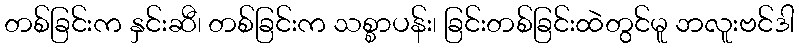
တစ်ခြင်းက နှင်းဆီ၊ တစ်ခြင်းက သစ္စာပန်း၊ ခြင်းတစ်ခြင်းထဲတွင်မူ ဘလူးဗင်ဒါ